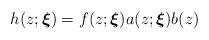
LaTeX: \begin{align*}h(z;\boldsymbol{\xi})=f(z;\boldsymbol{\xi})a(z;\boldsymbol{\xi})b(z) \end{align*}